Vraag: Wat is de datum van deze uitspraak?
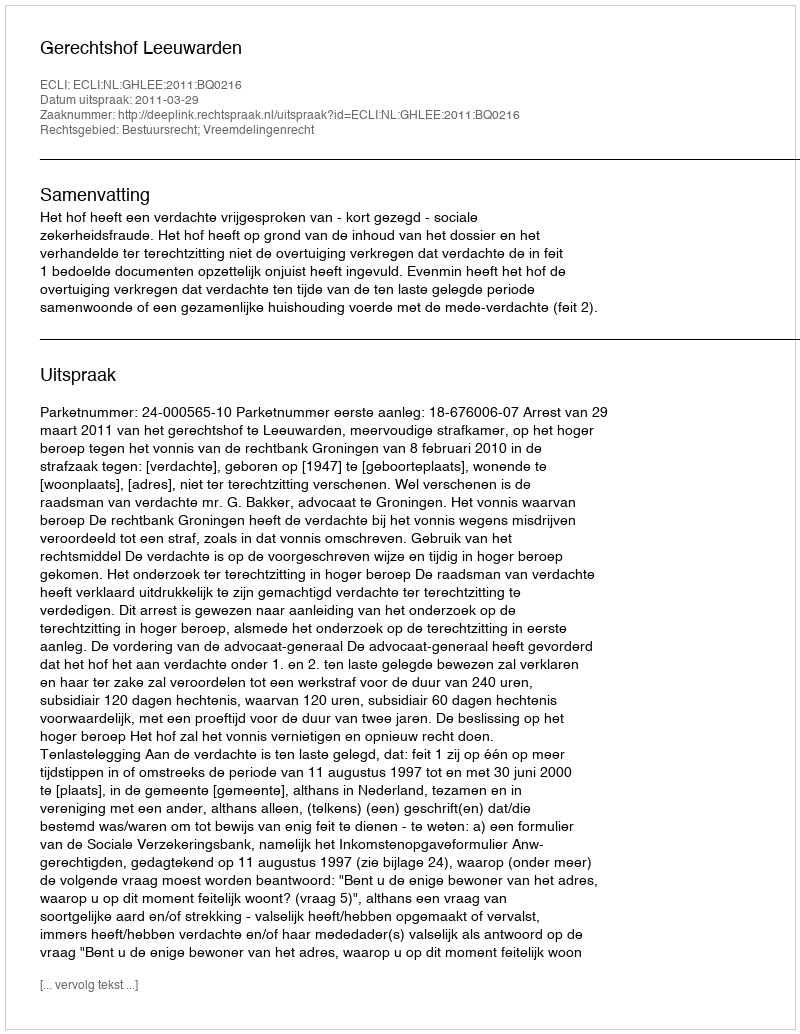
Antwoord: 2011-03-29